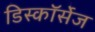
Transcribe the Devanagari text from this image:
डिस्कॉर्सेज